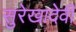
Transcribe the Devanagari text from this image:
सुरेखादेवी